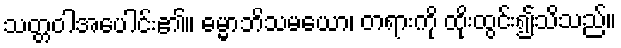
သတ္တဝါအပေါင်း၏။ ဓမ္မာဘိသမယော၊ တရားကို ထိုးထွင်း၍သိသည်။